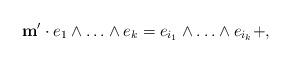
LaTeX: \begin{align*}\mathbf{m}'\cdot e_1 \wedge \ldots \wedge e_k = e_{i_1} \wedge \ldots \wedge e_{i_k} + ,\end{align*}